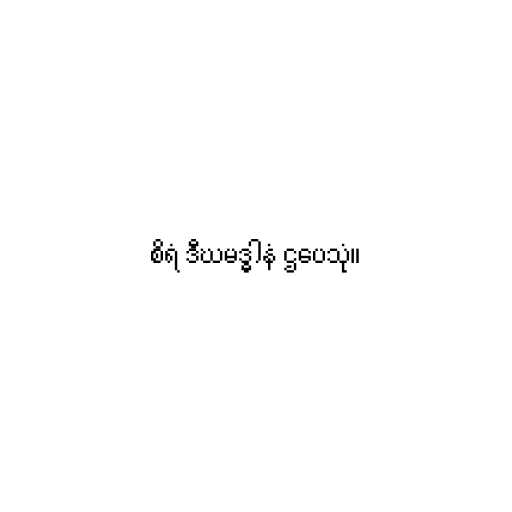
စိရံ ဒီဃမဒ္ဓါနံ ဌပေသုံ။